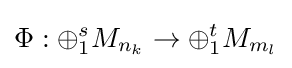
\Phi :\oplus _{1}^{s}M_{n_{k}}\rightarrow \oplus _{1}^{t}M_{m_{l}}